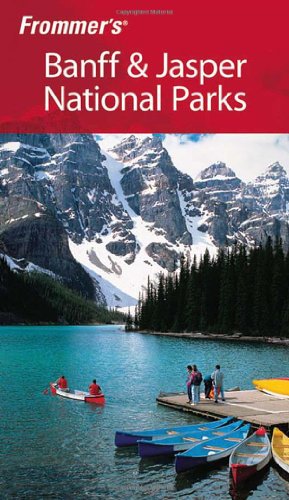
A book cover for Frommer's Banff & Jasper National Parks (Park Guides); Christie Pashby; Travel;